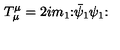
T _ { \mu } ^ { \mu } = 2 i m _ { 1 } \mathbf { : } \bar { \psi } _ { 1 } \psi _ { 1 } \mathbf { : }